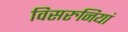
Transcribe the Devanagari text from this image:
विसरुनियां